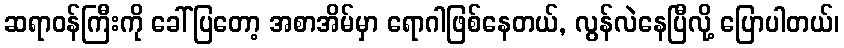
ဆရာဝန်ကြီးကို ခေါ်ပြတော့ အစာအိမ်မှာ ရောဂါဖြစ်နေတယ်, လွန်လဲနေပြီလို့ ပြောပါတယ်၊